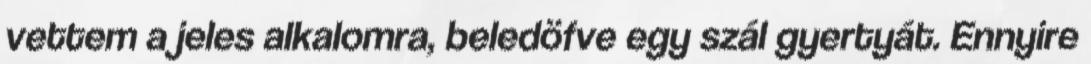
vettem a jeles alkalomra, beledöfve egy szál gyertyát. Ennyire